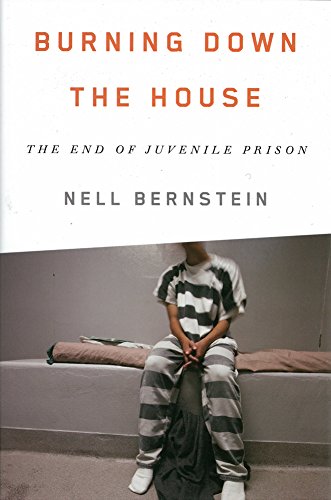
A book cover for Burning Down the House: The End of Juvenile Prison; Nell Bernstein; Law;